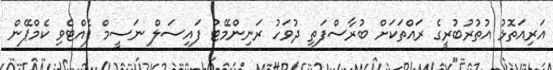
އަރިއަތޮޅު އުތުރުބުރީގެ ރައްތަކަށް ބުރާސްފަތި ދުވަހު ރަނިންމޭޓު ފައިސަލް ނަސީމް ފެއްޓެވި ކެމްޕޭން